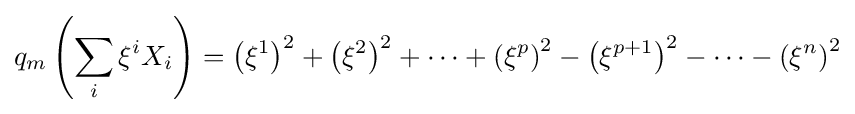
q_{m}\left(\sum _{i}\xi ^{i}X_{i}\right)=\left(\xi ^{1}\right)^{2}+\left(\xi ^{2}\right)^{2}+\cdots +\left(\xi ^{p}\right)^{2}-\left(\xi ^{p+1}\right)^{2}-\cdots -\left(\xi ^{n}\right)^{2}